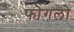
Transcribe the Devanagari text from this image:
फोगलो